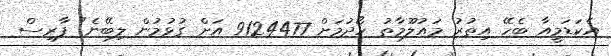
އެކަޑަމީއާ ބެހޭ އިތުރު މައުލޫމާތު ހޯދުމަށް 9124477 އަށް ގުޅުމުން ލިބޭނެ" ފާރިސް